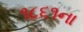
૧૮૬૧ના